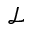
\mathcal { L }